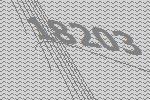
18203